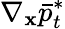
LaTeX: \nabla_{\mathbf{x}}\bar{{p}}_{t}^{*}